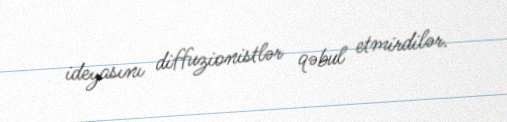
ideyasını diffuzionistlər qəbul etmirdilər.